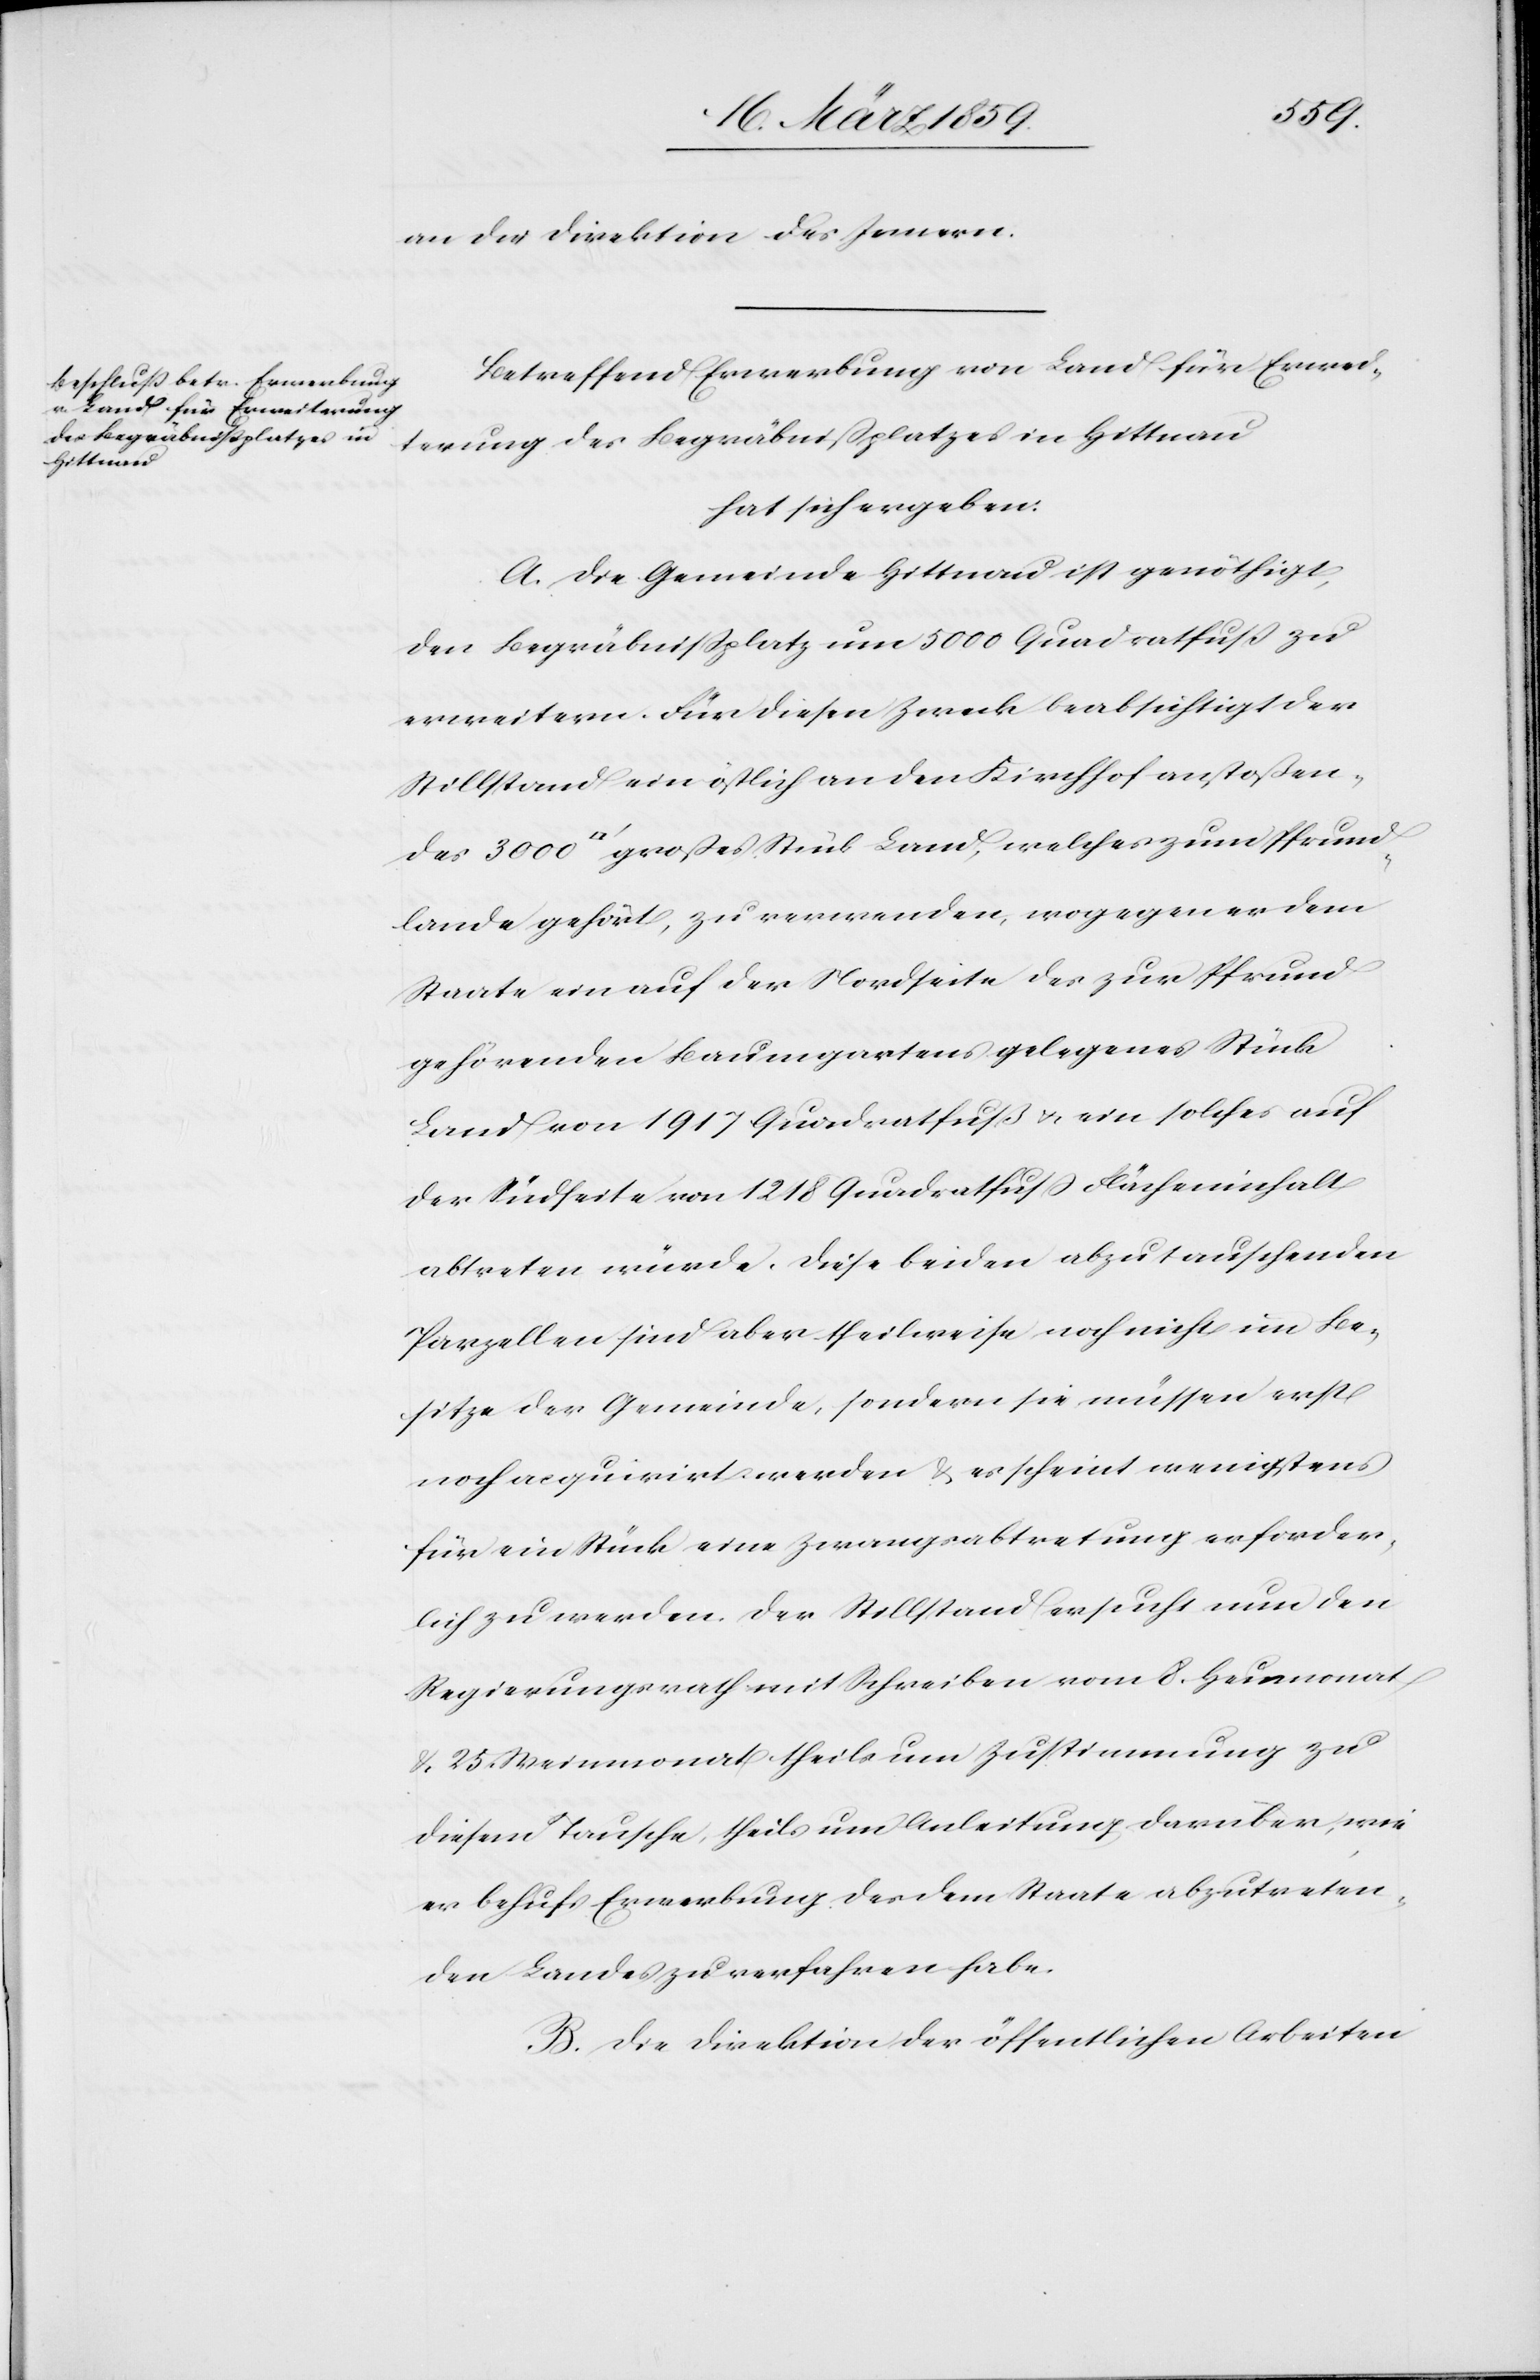
Pfrund¬
an die Direktion des Innern.
Betreffend Erwerbung von Land für Erwei¬
terung des Begräbnißplatzes in Hittnau
hat sich ergeben:
A. Die Gemeinde Hittnau ist genöthigt,
den Begräbnißplatz um 5000 Quadratfuß zu
erweitern. Für diesen Zweck beabsichtigt der
Stillstand ein östlich an den Kirchhof anstoßen¬
lande gehört, zu verwenden, wogegen er dem
Staate ein auf der Nordseite des zur Pfrund
gehörenden Baumgartens gelegenes Stück
Land von 1917 Quadratfuß u. eine solches auf
der Südseite von 1218 Quadratfuß Flächeninhalt
abtreten würde. Diese beiden abzutauschenden
Parzellen sind aber theilweise noch nicht im Be¬
sitze der Gemeinde, sondern sie müssen erst
noch acquirirt werden & es scheint wenigstens
für ein Stück eine Zwangsabtretung erforder¬
lich zu werden. Der Stillstand ersucht nun den
Regierungsrath mit Schreiben vom 8. Heumonat
& 25. Weinmonat theils um Zustimmung zu
diesem Tausche, theils um Anleitung darüber, wie
er behufs Erwerbung des dem Staate abzutreten¬
den Landes zu verfahren habe.
B. Die Direktion der öffentlichen Arbeiten